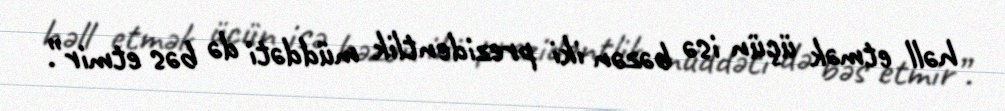
həll etmək üçün isə bəzən iki prezidentlik müddəti də bəs etmir”.